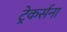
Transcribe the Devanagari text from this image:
ट्रेकर्सना